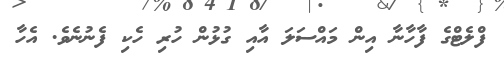
ފްލެޓްގެ ފާހާނާ އިން މައްސަލަ އާއި ގުޅުން ހުރި ހެކި ފެނުނެވެ. އެހާ